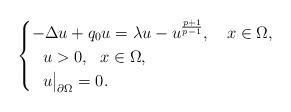
LaTeX: \begin{align*} \begin{cases}-\Delta u+q_0 u=\lambda u- u^\frac{p+1}{p-1},~~~ x\in \Omega,\\~~u> 0,~~ x\in \Omega,\\~~u\bigr{|}_{\partial \Omega}=0.\end{cases}\end{align*}